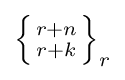
\textstyle \left\{{r+n \atop r+k}\right\}_{r}